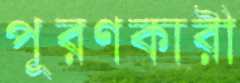
পূরণকারী